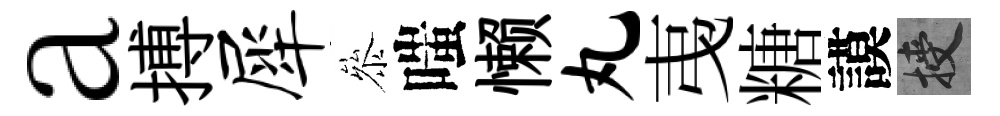
a搏犀叅嗤懒丸𢎯糖謨授